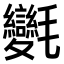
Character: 𣱂